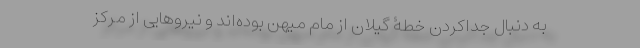
به دنبال جدا‌کردن خطۀ گیلان از مام میهن بوده‌اند و نیروهایی از مرکز